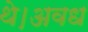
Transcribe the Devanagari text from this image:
थे।अवध